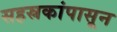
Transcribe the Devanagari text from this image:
सहस्रकांपासून